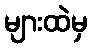
များထဲမှ